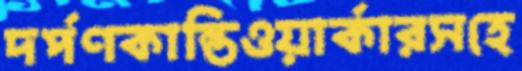
দর্পণকান্তিওয়ার্কারসহে